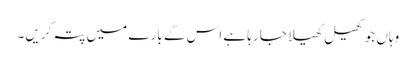
وہاں جو کھیل کھیلا جا رہا ہے اس کے بارے میں پتہ کریں۔